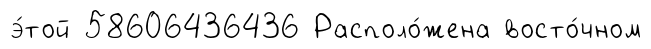
э́той 58606436436 Располо́жена восто́чном